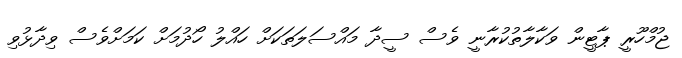
ޖުމްހޫރީ ޕާޓީން ވަކާލާތުކުރާނީ ވެސް ސީދާ މައްސަލަތަކަށް ހައްލު ހޯދުމަށް ކަމަށްވެސް ވިދާޅުވި